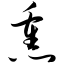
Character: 熏